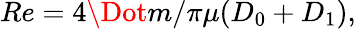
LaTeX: Re=4\Dot{m}/\pi\mu(D_{0}+D_{1}),